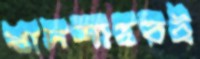
বাদশাহরই